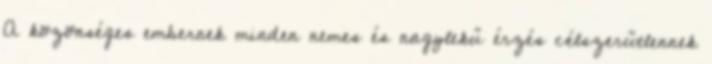
A közönséges embernek minden nemes és nagylekű érzés célszerűtlennek